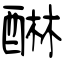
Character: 醂